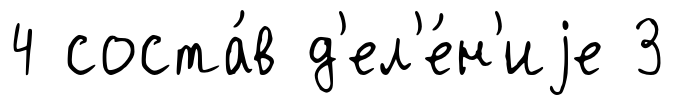
4 соста́в д'ел'е́н'иjе 3